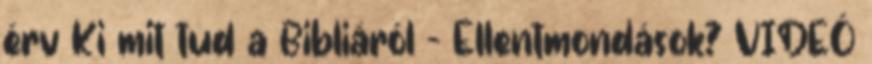
érv Ki mit tud a Bibliáról – Ellentmondások? VIDEÓ